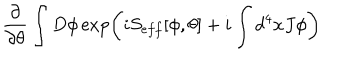
\frac { \partial } { \partial \theta } \int D \phi \exp \left( i S _ { e f f } [ \phi , \theta ] + i \int d ^ { 4 } x J \phi \right)